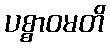
ပစ္စာဝမတိ